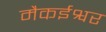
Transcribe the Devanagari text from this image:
मैकईश्वर